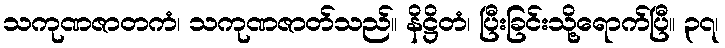
သကုဏဇာတကံ၊ သကုဏဇာတ်သည်။ နိဋ္ဌိတံ၊ ပြီးခြင်းသို့ရောက်ပြီ။ ၃၇၊